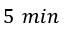
5 ~ m i n